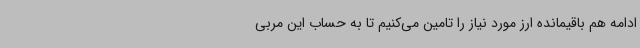
ادامه هم باقیمانده ارز مورد نیاز را تامین می‌کنیم تا به حساب این مربی